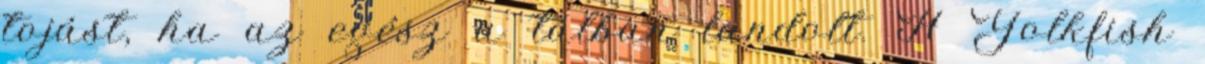
tojást, ha az egész a tálban landolt. A Yolkfish